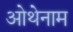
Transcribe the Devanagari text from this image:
ओथेनाम